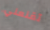
تقنعني